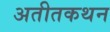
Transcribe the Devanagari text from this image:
अतीतकथन